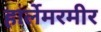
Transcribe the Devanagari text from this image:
हार्लेमरमीर